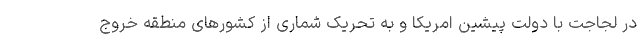
در لجاجت با دولت پیشین امریکا و به تحریک شماری از کشورهای منطقه خروج